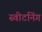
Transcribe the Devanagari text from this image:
स्वीटनिंग